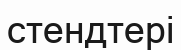
стендтері